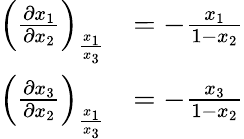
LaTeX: {\begin{array}{rl}{\left({\frac{\partial x_{1}}{\partial x_{2}}}\right)_{\frac{x_{1}}{x_{3}}}}&{=-{\frac{x_{1}}{1-x_{2}}}}\\ {\left({\frac{\partial x_{3}}{\partial x_{2}}}\right)_{\frac{x_{1}}{x_{3}}}}&{=-{\frac{x_{3}}{1-x_{2}}}}\end{array}}